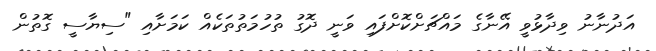
އަދުނާނު ވިދާޅުވީ އޭނާގެ މައްޗަށްކޮށްފައި ވަނީ ދޮގު ތުހުމަތުތަކެއް ކަމަށާއި "ސިޔާސީ ގޮތުން